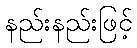
နည်းနည်းဖြင့်